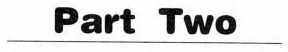
\underline{Part Two}